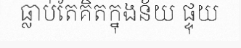
ធ្លាប់តែគិតក្នុងន័យ ផ្ទុយ